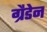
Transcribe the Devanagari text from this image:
ग्रैडेन